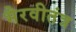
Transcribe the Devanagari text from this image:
भैरवीतंत्र